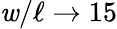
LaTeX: \mathit{w}/\ell\rightarrow15